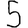
Digit: 5